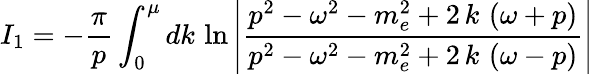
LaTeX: I_{1}=-\frac\pi p\int_{0}^{\mu}dk\, \ln\left|\frac{p^{2}-\omega^{2}-m_{e}^{2}+2\, k\, \left(\omega+p\right)}{p^{2}-\omega^{2}-m_{e}^{2}+2\, k\, \left(\omega-p\right)}\right|